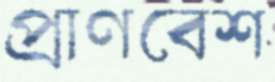
প্রাণবেশ